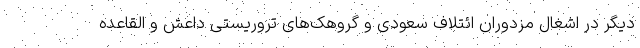
دیگر در اشغال مزدوران ائتلاف سعودی و گروهک‌های تروریستی داعش و القاعده